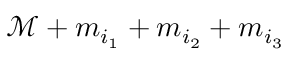
\mathcal { M } + m _ { i _ { 1 } } + m _ { i _ { 2 } } + m _ { i _ { 3 } }